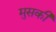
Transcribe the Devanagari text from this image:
मुसकी